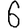
Digit: 6